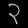
Digit: ၃